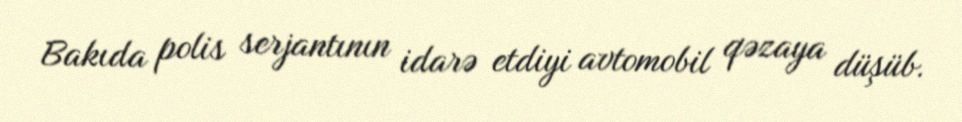
Bakıda polis serjantının idarə etdiyi avtomobil qəzaya düşüb.